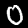
Digit: 0